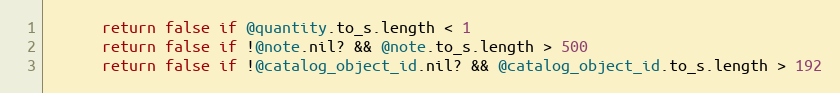
Language: Ruby
      return false if @quantity.to_s.length < 1
      return false if !@note.nil? && @note.to_s.length > 500
      return false if !@catalog_object_id.nil? && @catalog_object_id.to_s.length > 192